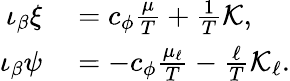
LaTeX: \begin{array}{rl}{\iota_{\beta}\xi}&{{}=c_{\phi}\frac{\mu}{T}+\frac 1T{\cal K},}\\ {\iota_{\beta}\psi}&{{}=-c_{\phi}\frac{\mu_{\ell}}{T}-\frac{\ell}{T}{\cal K}_{\ell}.}\end{array}